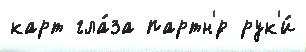
карт гла́за партн'́р рук'и́